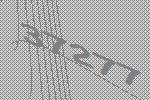
37277